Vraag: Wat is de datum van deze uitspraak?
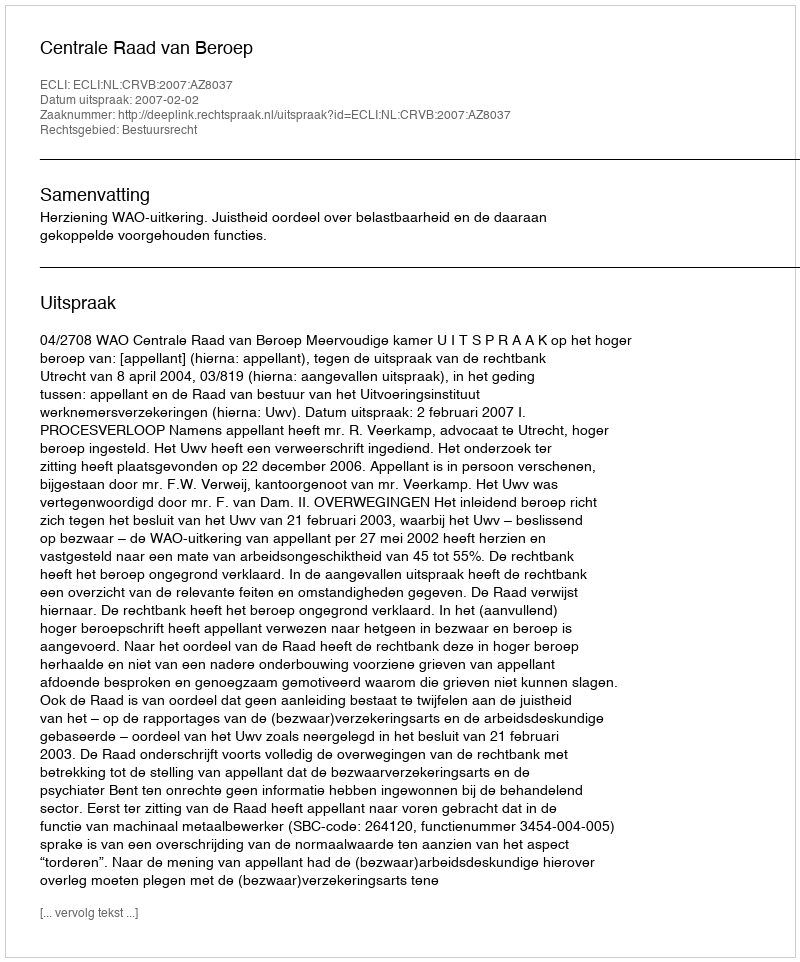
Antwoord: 2007-02-02